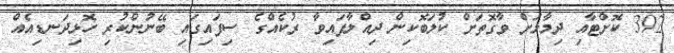
392 ކޮށްޓާއި ދިމާލަށް ވާގޮތަށް ކުލަބޮކިން ދިއްލާފައިވާ ރުކެއްގެ ސިފައިގައި ބޭނުންކުރި ހޮޅިދަނޑިއެއް